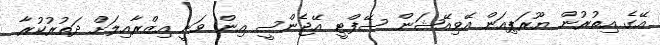
އޭގެ އިތުރުން ޔޫރަޕިއަން އޭވިއޭޝަން ސޭފްޓީ އޭޖެންސީ އިން ވަނީ އިޒްރާއިލަށް ދަތުރުކުރާ